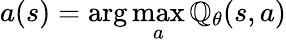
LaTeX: a(s)=\arg\operatorname*{max}_{a}\mathbb{Q}_{\theta}(s,a)